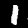
Digit: 1